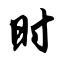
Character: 时